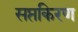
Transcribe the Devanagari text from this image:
सप्तकिरण